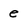
Character: e